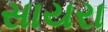
સાયરા